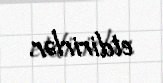
etdirirlər.